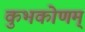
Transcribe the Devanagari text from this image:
कुभकोणम्